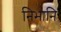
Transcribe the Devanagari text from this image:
निभानि